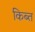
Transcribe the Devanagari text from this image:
किब्त